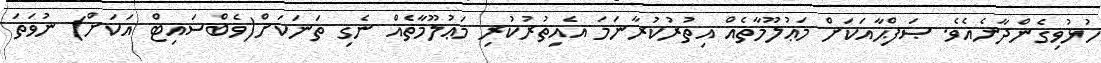
ހުޅުވިގެންދާނެއެވެ. ޞަފްޙާއަކަށް މަޢުލޫމާތެއް އިތުރުކުރާނަމަ އެއިތުރުކުރި މަޢުލޫމާތެއް ނެގި ތަނަކަށް(ވެބްސައިޓް އަކަށް) ނުވަތަ